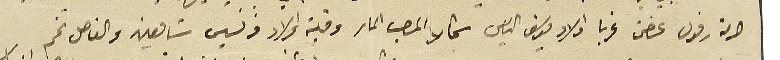
حرمة رفول غصن غربا اولاد يوسف الياس شمالا المصب الماء وقبلة اولاد فرنسيس شَاهين والفاصل تخم